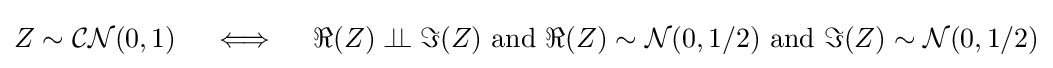
Z\sim {\mathcal {CN}}(0,1)\quad \iff \quad \Re (Z)\perp \!\!\!\perp \Im (Z){\text{ and }}\Re (Z)\sim {\mathcal {N}}(0,1/2){\text{ and }}\Im (Z)\sim {\mathcal {N}}(0,1/2)